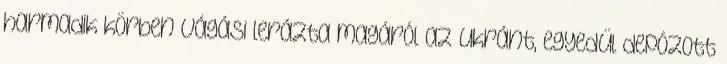
harmadik körben Vágási lerázta magáról az ukránt, egyedül depózott